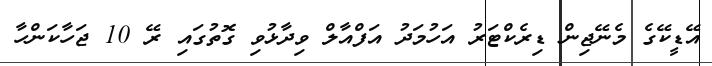
އޭޑީކޭގެ މެނޭޖިން ޑިރެކްޓަރު އަހުމަދު އަފްއާލް ވިދާޅުވި ގޮތުގައި ރޭ 10 ޖަހާކަންހާ